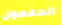
المفعول